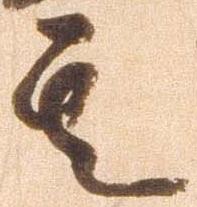
其